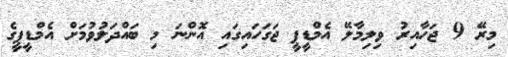
މިރޭ 9 ޖަހާއިރު ވިލިމާލޭ އެމްޑީޕީ ޖަގަހައިގައި އޮންނަ މި ބައްދަލުވުމަށް އެމްޑީޕީގެ